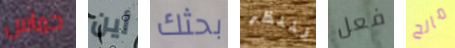
حماس أين بحثك لننظر فعل مالح